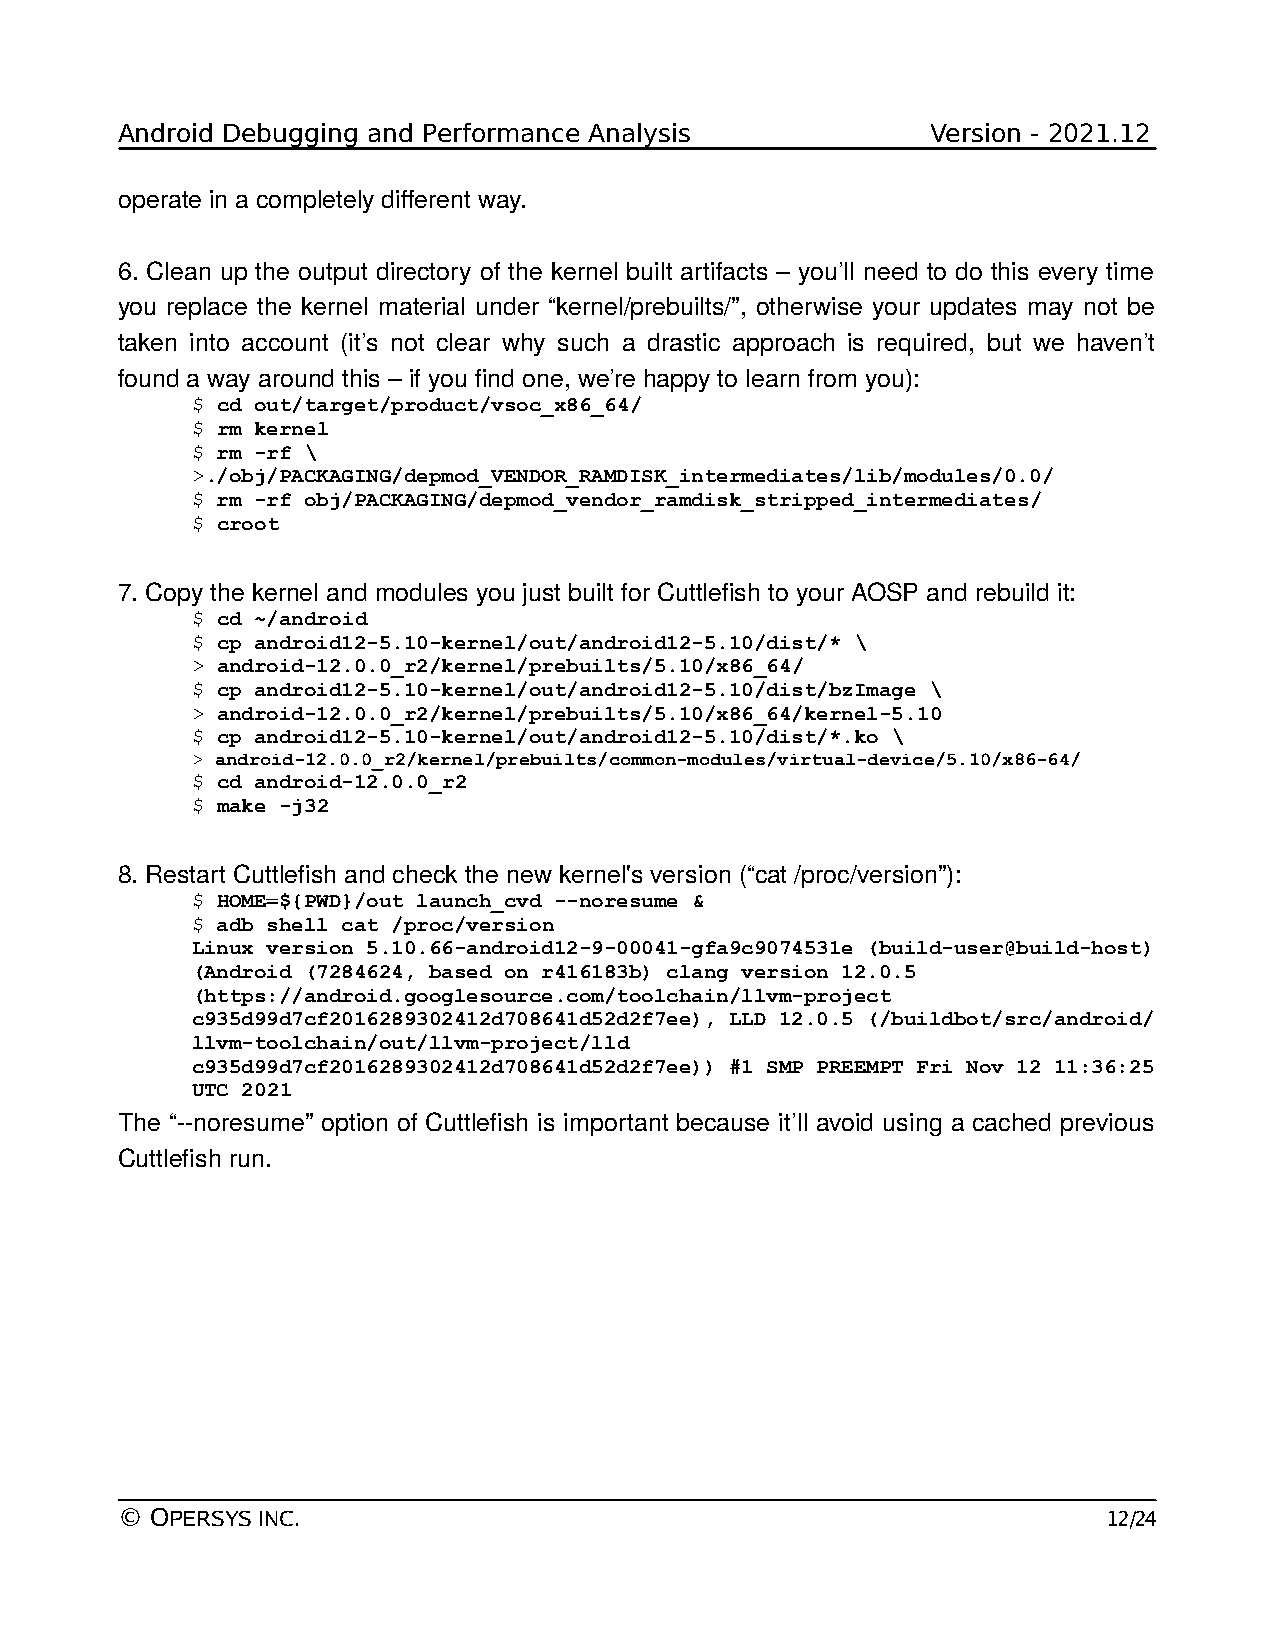
Android Debugging and Performance Analysis            Version - 2021.12
 operate in a completely different way.
 6. Clean up the output directory of the kernel built artifacts – you’ll need to do this every time
 you replace the kernel material under “kernel/prebuilts/”, otherwise your updates may not be
 taken into account (it’s not clear why such a drastic approach is required, but we haven’t
 found a way around this – if you find one, we’re happy to learn from you):
 $ cd out/target/product/vsoc_x86_64/
 $ rm kernel
 $ rm -rf \
 >./obj/PACKAGING/depmod_VENDOR_RAMDISK_intermediates/lib/modules/0.0/
 $ rm -rf obj/PACKAGING/depmod_vendor_ramdisk_stripped_intermediates/
 $ croot
 7. Copy the kernel and modules you just built for Cuttlefish to your AOSP and rebuild it:
 $ cd ~/android
 $ cp android12-5.10-kernel/out/android12-5.10/dist/* \
 > android-12.0.0_r2/kernel/prebuilts/5.10/x86_64/
 $ cp android12-5.10-kernel/out/android12-5.10/dist/bzImage \
 > android-12.0.0_r2/kernel/prebuilts/5.10/x86_64/kernel-5.10
 $ cp android12-5.10-kernel/out/android12-5.10/dist/*.ko \
 > android-12.0.0_r2/kernel/prebuilts/common-modules/virtual-device/5.10/x86-64/
 $ cd android-12.0.0_r2
 $ make -j32
 8. Restart Cuttlefish and check the new kernel's version (“cat /proc/version”):
 $ HOME=${PWD}/out launch_cvd --noresume &
 $ adb shell cat /proc/version
 Linux version 5.10.66-android12-9-00041-gfa9c9074531e (build-user@build-host)
 (Android (7284624, based on r416183b) clang version 12.0.5
 (https://android.googlesource.com/toolchain/llvm-project
 c935d99d7cf2016289302412d708641d52d2f7ee), LLD 12.0.5 (/buildbot/src/android/
 llvm-toolchain/out/llvm-project/lld
 c935d99d7cf2016289302412d708641d52d2f7ee)) #1 SMP PREEMPT Fri Nov 12 11:36:25
 UTC 2021
 The “--noresume” option of Cuttlefish is important because it’ll avoid using a cached previous
 Cuttlefish run.
 © OPERSYS INC.                                                   12/24